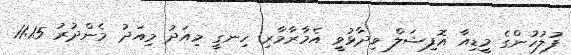
ފުލުހުންގެ މީޑިއާ އޮފިޝަލް ވިދާޅުވީ އެމާރާމާރި ހިނގީ މިއަދު މިއަދު މެންދުރު 11:15